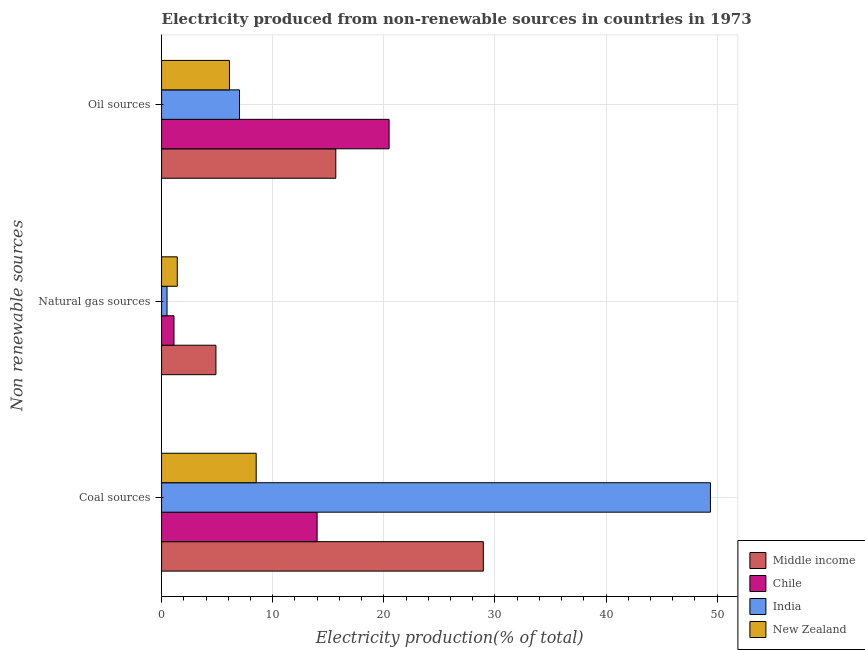
| Non renewable sources | Middle income | Chile | India | New Zealand |
 | --- | --- | --- | --- | --- |
 | Coal sources | 29 | 14 | 49.4 | 8.52 |
 | Natural gas sources | 4.89 | 1.12 | 0.492 | 1.41 |
 | Oil sources | 15.7 | 20.5 | 7.01 | 6.11 |